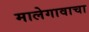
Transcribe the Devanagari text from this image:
मालेगावाचा